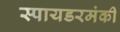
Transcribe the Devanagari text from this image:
स्पायडरमंकी